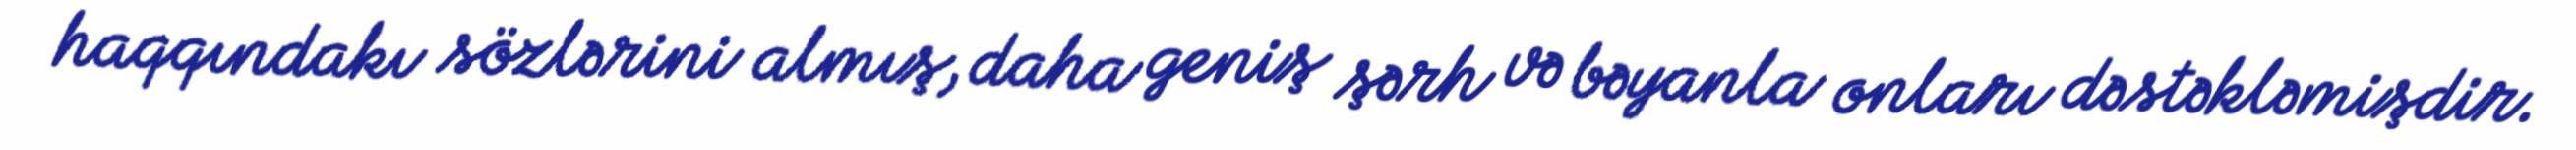
haqqındakı sözlərini almış, daha geniş şərh və bəyanla onları dəstəkləmişdir.